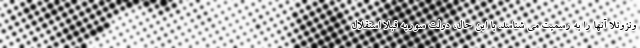
ونزوئلا آنها را به رسمیت می شناسد. با این حال، دولت سوریه قبلا استقلال